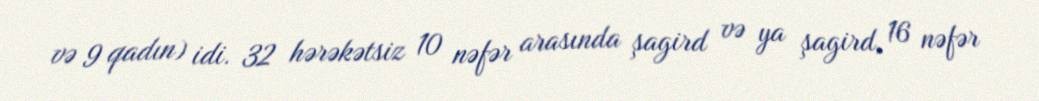
və 9 qadın) idi. 32 hərəkətsiz 10 nəfər arasında şagird və ya şagird, 16 nəfər